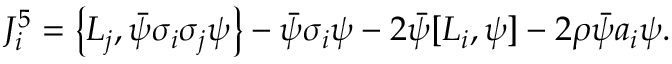
J _ { i } ^ { 5 } = \left\{ L _ { j } , \bar { \psi } \sigma _ { i } \sigma _ { j } \psi \right\} - \bar { \psi } \sigma _ { i } \psi - 2 \bar { \psi } [ L _ { i } , \psi ] - 2 \rho \bar { \psi } a _ { i } \psi .